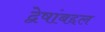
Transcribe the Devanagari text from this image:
द्वेषांबद्दल